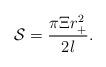
LaTeX: \begin{align*}\mathcal{S}=\frac{\pi \Xi r_{+}^2}{2l}. \end{align*}